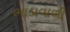
ભાડાવાળી